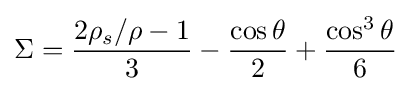
\Sigma ={\frac {2\rho _{s}/\rho -1}{3}}-{\frac {\cos \theta }{2}}+{\frac {\cos ^{3}\theta }{6}}